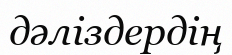
дәліздердің